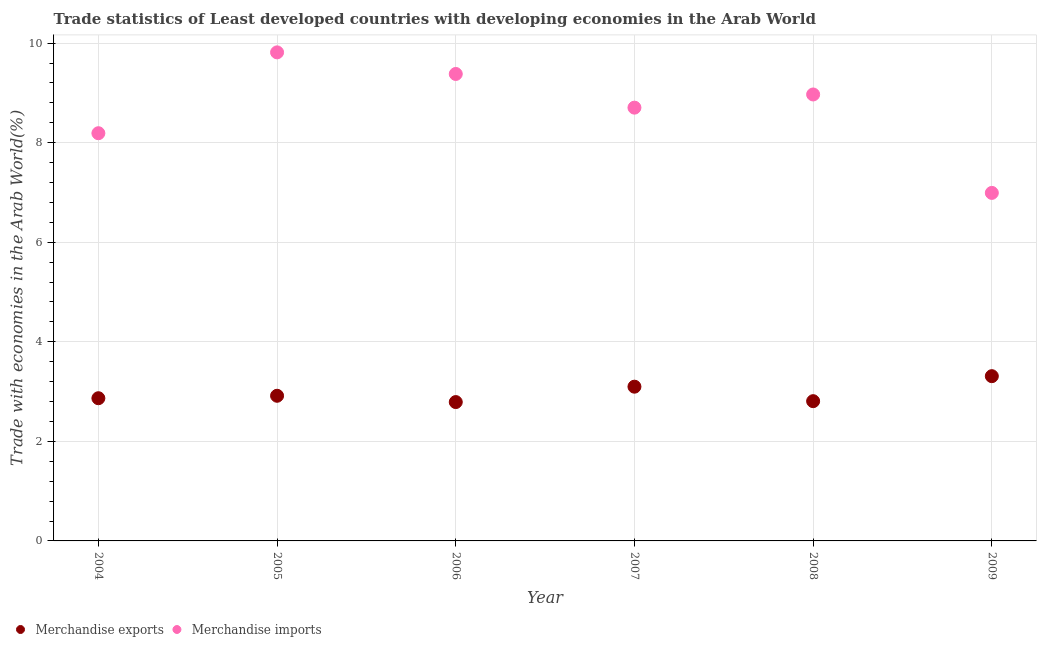
| Year | Merchandise exports | Merchandise imports |
 | --- | --- | --- |
 | 2004 | 2.87 | 8.19 |
 | 2005 | 2.92 | 9.81 |
 | 2006 | 2.79 | 9.38 |
 | 2007 | 3.1 | 8.7 |
 | 2008 | 2.81 | 8.97 |
 | 2009 | 3.31 | 6.99 |